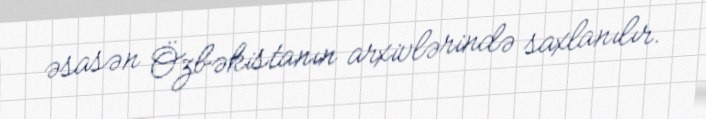
əsasən Özbəkistanın arxivlərində saxlanılır.